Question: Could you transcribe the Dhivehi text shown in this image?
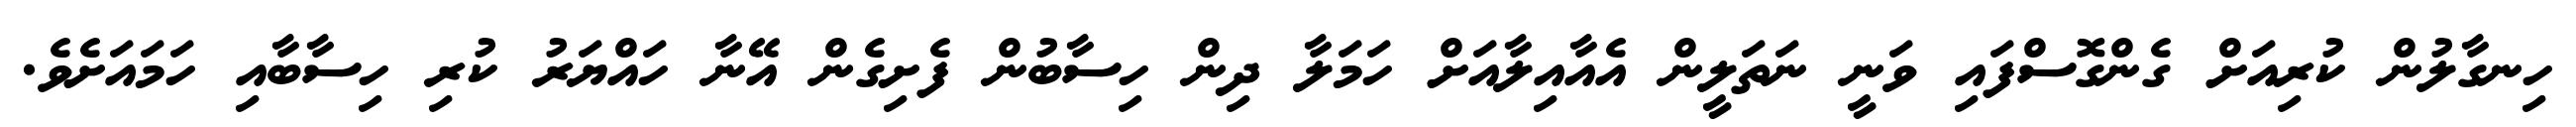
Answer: ހިނގާލުން ކުރިއަށް ގެންގޮސްފައި ވަނީ ނަތަލީން އެއާއިލާއަށް ހަމަލާ ދިން ހިސާބުން ފެށިގެން އޭނާ ހައްޔަރު ކުރި ހިސާބާއި ހަމައަށެވެ.